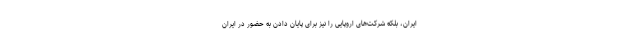
ایران، بلکه شرکت‌های اروپایی را نیز برای پایان دادن به حضور در ایران